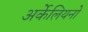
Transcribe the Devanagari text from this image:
अर्केलियनो